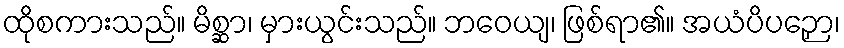
ထိုစကားသည်။ မိစ္ဆာ၊ မှားယွင်းသည်။ ဘဝေယျ၊ ဖြစ်ရာ၏။ အယံပိပဉှော၊